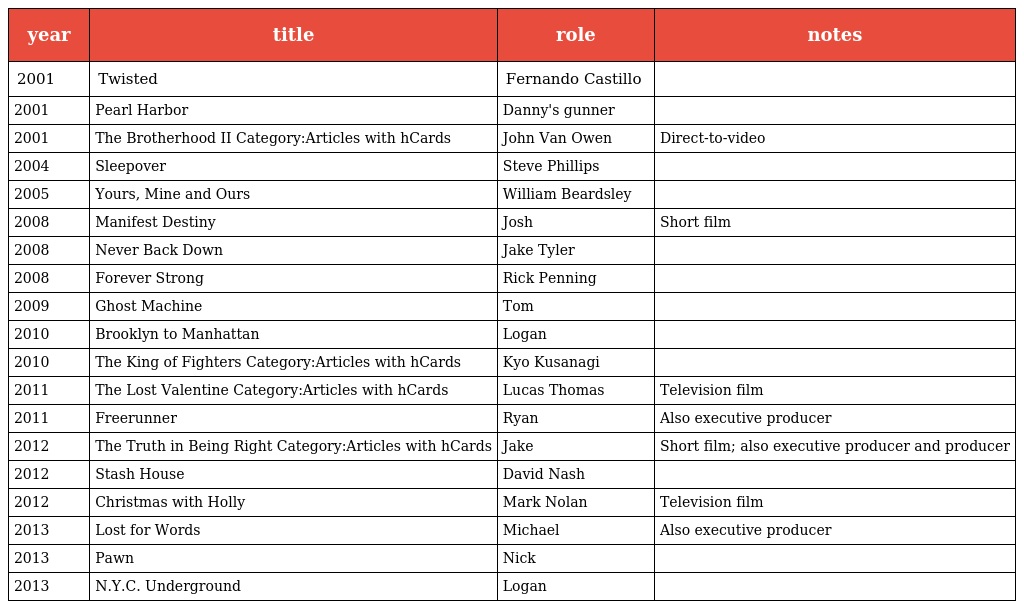
| year | title | role | notes |
 | --- | --- | --- | --- |
 | 2001 | Twisted | Fernando Castillo |  |
 | 2001 | Pearl Harbor | Danny's gunner |  |
 | 2001 | The Brotherhood II Category:Articles with hCards | John Van Owen | Direct-to-video |
 | 2004 | Sleepover | Steve Phillips |  |
 | 2005 | Yours, Mine and Ours | William Beardsley |  |
 | 2008 | Manifest Destiny | Josh | Short film |
 | 2008 | Never Back Down | Jake Tyler |  |
 | 2008 | Forever Strong | Rick Penning |  |
 | 2009 | Ghost Machine | Tom |  |
 | 2010 | Brooklyn to Manhattan | Logan |  |
 | 2010 | The King of Fighters Category:Articles with hCards | Kyo Kusanagi |  |
 | 2011 | The Lost Valentine Category:Articles with hCards | Lucas Thomas | Television film |
 | 2011 | Freerunner | Ryan | Also executive producer |
 | 2012 | The Truth in Being Right Category:Articles with hCards | Jake | Short film; also executive producer and producer |
 | 2012 | Stash House | David Nash |  |
 | 2012 | Christmas with Holly | Mark Nolan | Television film |
 | 2013 | Lost for Words | Michael | Also executive producer |
 | 2013 | Pawn | Nick |  |
 | 2013 | N.Y.C. Underground | Logan |  |